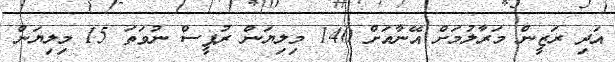
އަދި ރަޒީން މަރާލުމަށް އޭނާއަށް 140 މިލިޔަން ރުޕީސް ނުވަތަ 15 މިލިޔަން